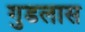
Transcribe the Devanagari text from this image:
गुडलास